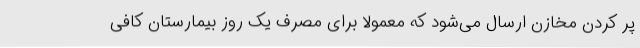
پر کردن مخازن ارسال می‌شود که معمولا برای مصرف یک روز بیمارستان کافی